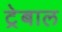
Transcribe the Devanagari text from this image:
ट्रेबाल